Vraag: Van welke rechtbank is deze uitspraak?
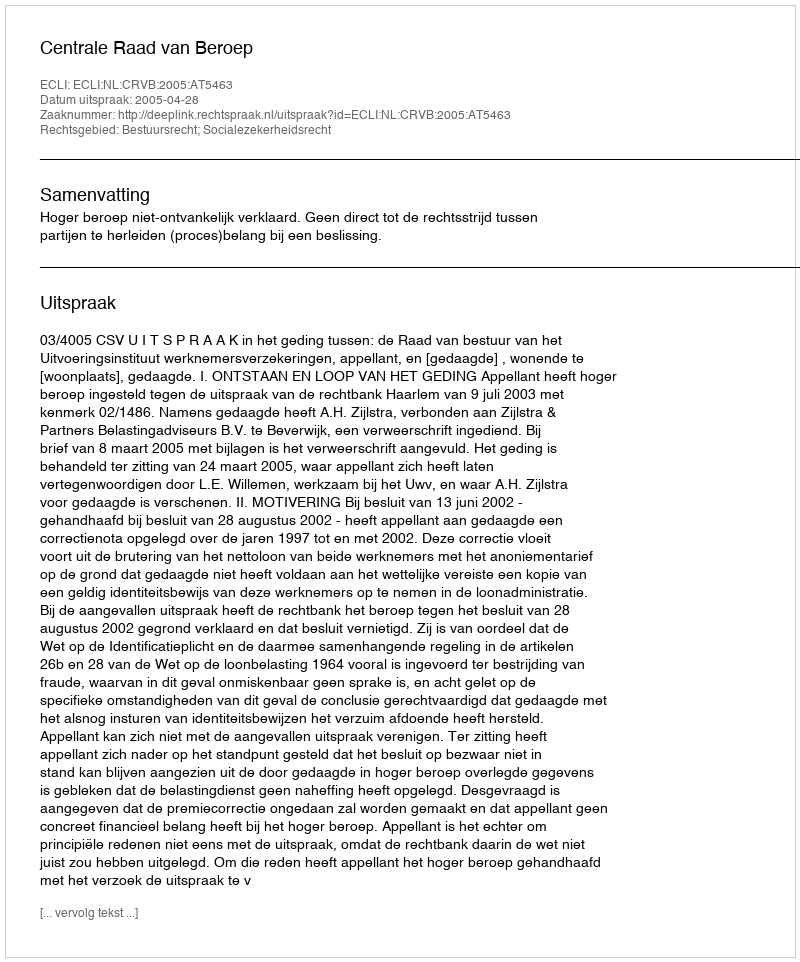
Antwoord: Centrale Raad van Beroep